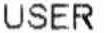
USER